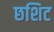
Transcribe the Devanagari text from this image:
छशिट